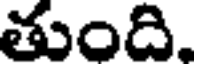
తుంది,